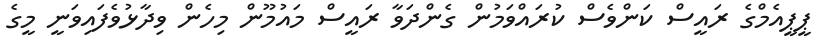
ޕީޕީއެމްގެ ރައީސް ކަންވެސް ކުރައްވަމުން ގެންދަވާ ރައީސް މައުމޫން މިހެން ވިދާޅުވެފައިވަނީ މީގެ